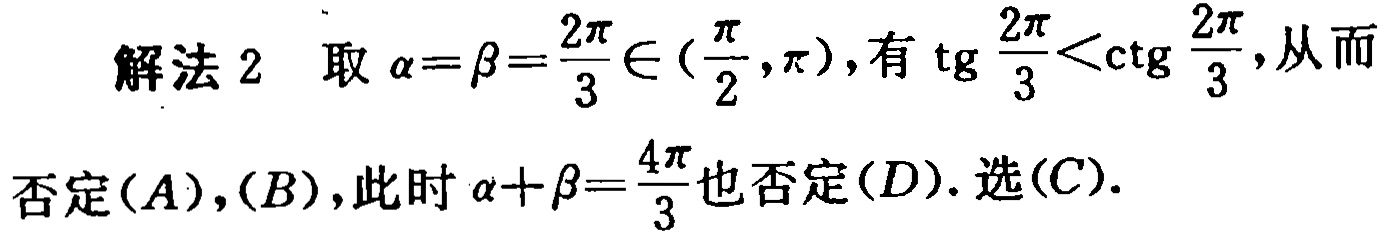
解法 2 取 \(\alpha = \beta=\frac{2\pi}{3}\in(\frac{\pi}{2},\pi)\)，有 \(\mathrm{tg}\frac{2\pi}{3}<\mathrm{ctg}\frac{2\pi}{3}\)，从而否定\((A)\)，\((B)\)，此时 \(\alpha + \beta=\frac{4\pi}{3}\)也否定\((D)\). 选\((C)\).